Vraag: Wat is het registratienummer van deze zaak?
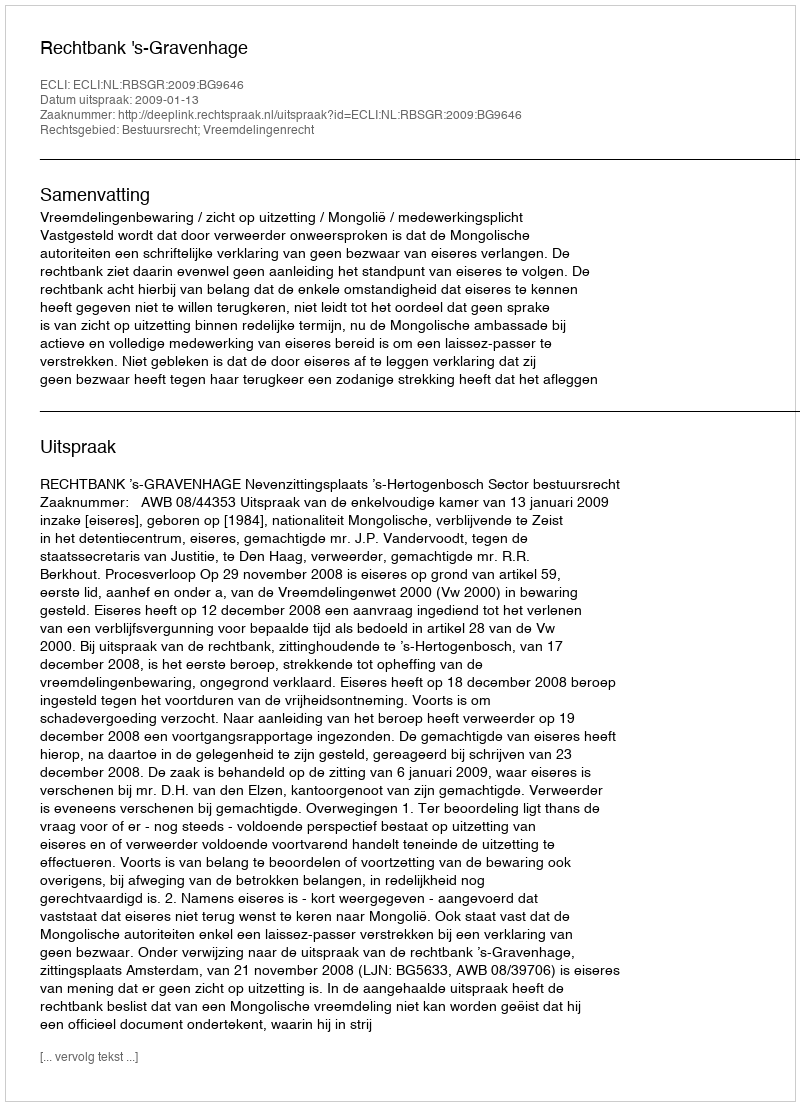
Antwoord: http://deeplink.rechtspraak.nl/uitspraak?id=ECLI:NL:RBSGR:2009:BG9646